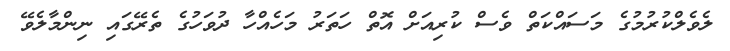
ލެވެލްކުރުމުގެ މަސައްކަތް ވެސް ކުރިއަށް އޮތް ހަތަރު މަހެއްހާ ދުވަހުގެ ތެރޭގައި ނިންމާލެވޭ